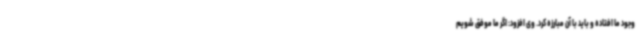
وجود ما افتاده و باید با آن مبارزه کرد. وی افزود: اگر ما موفق شویم